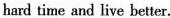
hard time and live better.